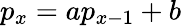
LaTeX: p_{x}=ap_{x-1}+b